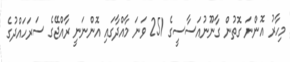
މިހާރު އޮންނަ ގޮތުން ގާނޫނުއަސާސީގެ 251 ވަނަ މާއްދާގައި އޮންނަނީ ރާއްޖޭގެ ސަރަހައްދުގެ